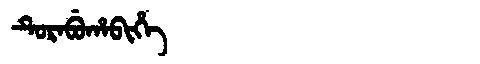
Manchu: ᡨᡠᡵᠠᠪᡠᡥᠠᠪᡳᡥᡝ
Romanization: TURABUHABIHE